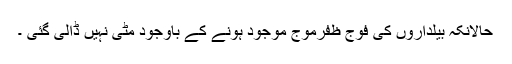
حالانکہ بیلداروں کی فوج ظفرموج موجود ہونے کے باوجود مٹی نہیں ڈالی گئی ۔